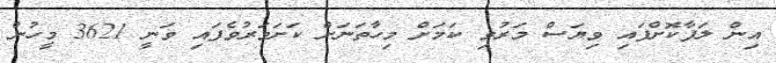
އިން ލަފާކޮށްފައި ވިޔަސް މަރުވި ކަމަށް މިހާތަނަށް ކަށަަވަރުވެފައި ވަނީ 3621 މީހުން